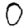
Digit: 0